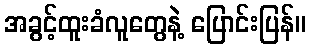
အခွင့်ထူးခံလူတွေနဲ့ ပြောင်းပြန်။